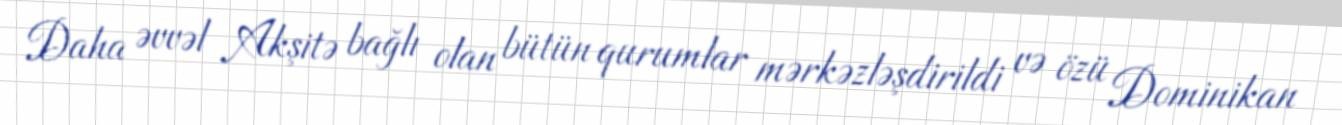
Daha əvvəl Akşitə bağlı olan bütün qurumlar mərkəzləşdirildi və özü Dominikan